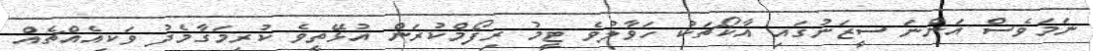
ނަމަވެސް އަންނަ ސީޒަނުގައި އާކޯޗަކު ހަވާލުވެ ޓީމު ރިފޯމްކުރަން އުޅޭތީވެ ކުރިމަގާމެދު ވަކިއެއްޗެއް